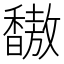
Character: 𫘀